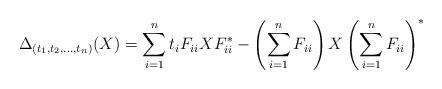
LaTeX: \begin{align*}\Delta_{(t_{1},t_{2},\ldots,t_{n})}(X)=\sum_{i=1}^{n}t_{i}F_{ii}XF_{ii}^{*}-\left(\sum_{i=1}^{n}F_{ii}\right)X\left(\sum_{i=1}^{n}F_{ii}\right)^{*}\end{align*}